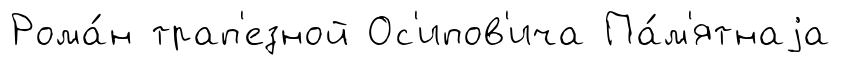
Рома́н трап'езной Ос'ипов'ича Па́м'ятнаjа